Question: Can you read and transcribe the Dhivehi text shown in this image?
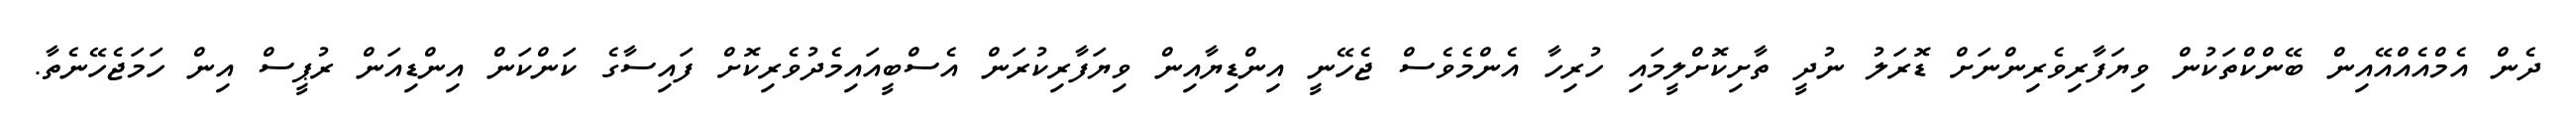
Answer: ދެން އެމްއެއްއޭއިން ބޭންކްތަކުން ވިޔަފާރިވެރިންނަށް ޑޮރަލު ނުދީ ތާށިކޮށްލީމައި ހުރިހާ އެންމެވެސް ޖެހޭނީ އިންޑިޔާއިން ވިޔަފާރިކުރަން އެސްބީއައިމެދުވެރިކޮށް ފައިސާގެ ކަންކަން އިންޑިއަން ރުޕީސް އިން ހަމަޖެހޭނެތާ.